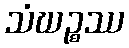
သံဃဉ္စဿ